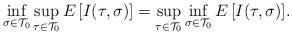
LaTeX: \begin{align*}\inf_{\sigma \in {\cal T}_0}\sup_{\tau \in {\cal T}_0} E\, [ I(\tau, \sigma)]= \sup_{\tau \in {\cal T}_0} \inf_{\sigma \in {\cal T}_0} E\, [ I(\tau, \sigma)]. \end{align*}